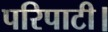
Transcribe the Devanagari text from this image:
परिपाटी।